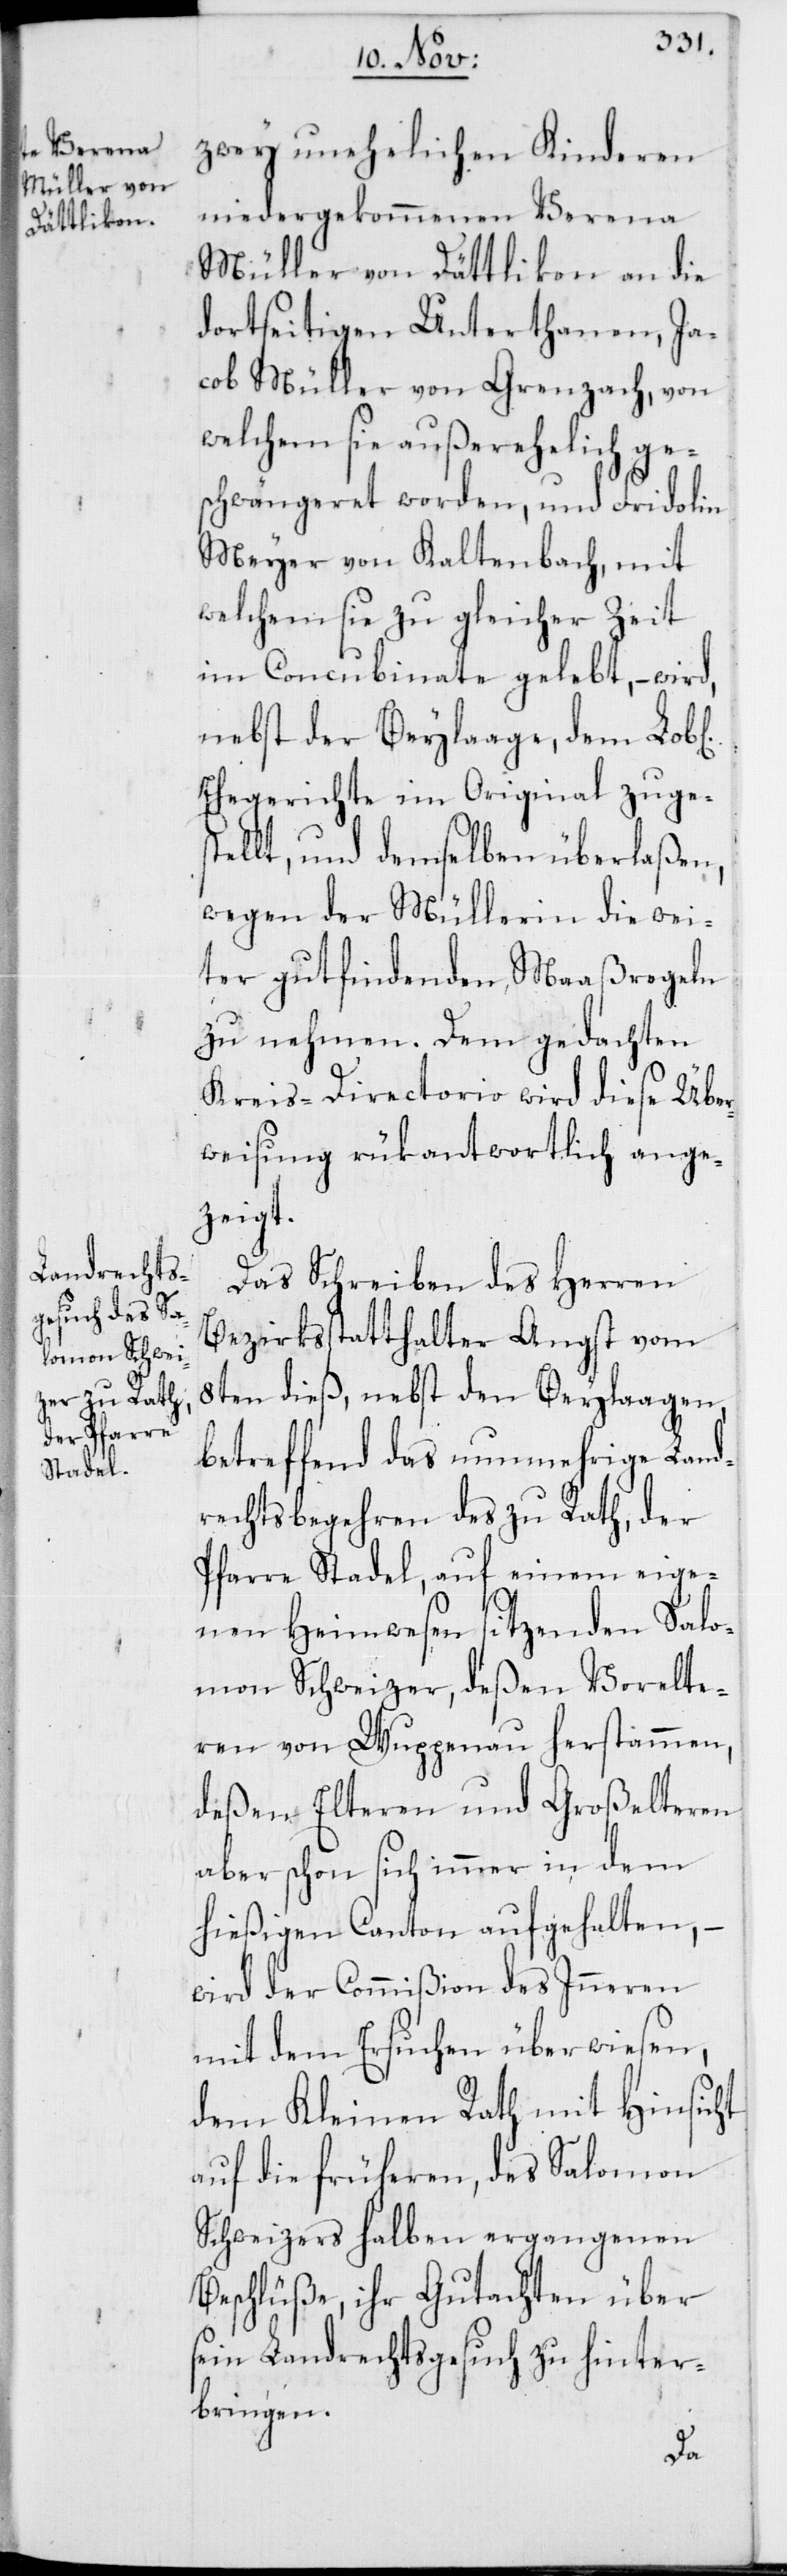
ichen]

zwey unehelichen Kinderen
niedergekommenen Verena
Müller von Dättlikon an die
dortseitigen Unterthanen, Ja¬
cob Müller von Grenzach, von
welchem sie außerehelich ge¬
schwängeret worden, und Fridolin
Meyer von Kaltenbach, mit
welchem sie zu gleicher Zeit
im Concubinate gelebt, – wird,
nebst der Beylaage, dem Lob[l¬
Ehegerichte im Original zuge¬
ellt, und demselben überlaßen,
wegen der Müllerin die wei¬
ter gutfindenden Maaßregeln
zu nehmen. Dem gedachten
Kreis-Directorio wird diese Über¬
weisung rükantwortlich ange¬
zeigt.
Das Schreiben des Herren
Bezirksstatthalter Angst vom
8ten dieß, nebst den Beylaagen,
betreffend das nunmehrige Land¬
rechtsbegehren des zu Rath, der
Pfarre Stadel, auf einem eige¬
st¬
nen Heimwesen sitzenden Salo¬
mon Schweizer, deßen Vorelte¬
ren von Wuppenau herstammen,
deßen Elteren und Großelteren
aber schon sich immer in dem
hießigen Canton aufgehalten, –
wird der Commißion des Inneren
mit dem Ersuchen überwiesen,
dem Kleinen Rath mit Hinsicht
auf die früheren, des Salomon
Schweizers halben ergangenen
Beschlüße, ihr Gutachten über
sein Landrechtsgesuch zu hinter¬
bringen.